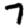
Digit: 7